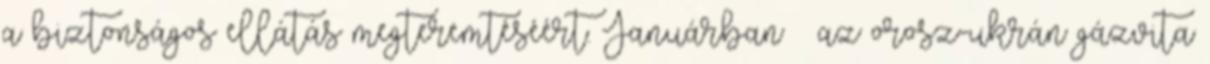
a biztonságos ellátás megteremtéséért. Januárban – az orosz-ukrán gázvita